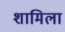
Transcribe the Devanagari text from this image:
शामिला